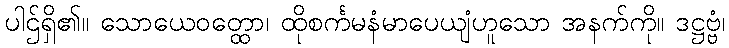
ပါဌ်ရှိ၏။ သောယေဝတ္ထော၊ ထိုစင်္ကမနံမာပေယျံဟူသော အနက်ကို။ ဒဋ္ဌဗ္ဗံ၊